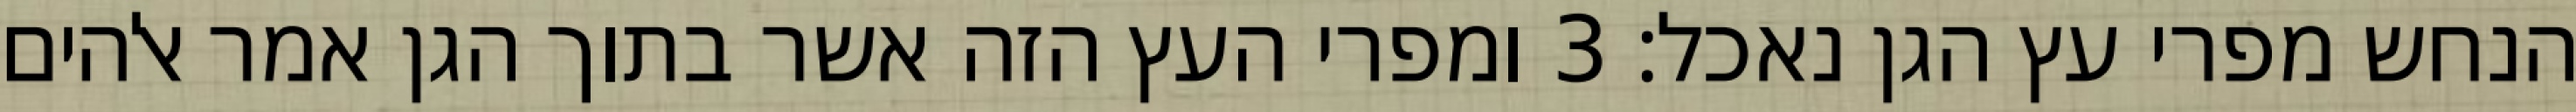
הנחש מפרי עץ הגן נאכל׃ ‎3‏ ומפרי העץ הזה אשר בתוך הגן אמר אלהים